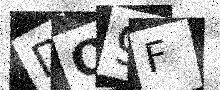
Text: DQ9F